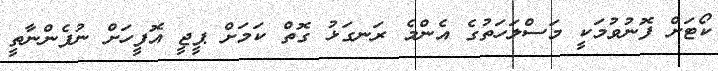
ކޯޓަށް ފޮނުވުމަކީ މަސްލަހަތުގެ އެންމެ ރަނގަޅު ގޮތް ކަމަށް ޕީޖީ އޮފީހަށް ނުފެންނާތީ